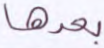
بعدها